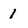
Character: 1